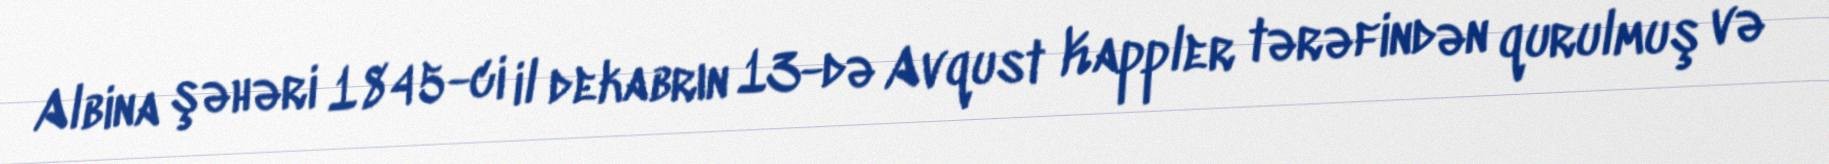
Albina şəhəri 1845-ci il dekabrın 13-də Avqust Kappler tərəfindən qurulmuş və